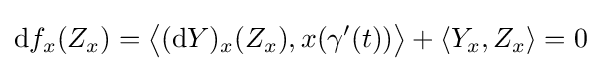
\mathrm {d} f_{x}(Z_{x})={\bigl \langle }(\mathrm {d} Y)_{x}(Z_{x}),x(\gamma '(t)){\bigr \rangle }+\langle Y_{x},Z_{x}\rangle =0